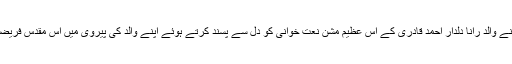
رانا ریاض احمد خاں کے تمام بھائی بھی اپنے والد رانا دلدار احمد قادری کے اس عظیم مشن نعت خوانی کو دل سے پسند کرتے ہوئے اپنے والد کی پیروی میں اس مقدس فریضہ کو آگے بڑھانے میں مصروف عمل ہیں ۔